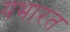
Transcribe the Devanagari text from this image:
यभारत